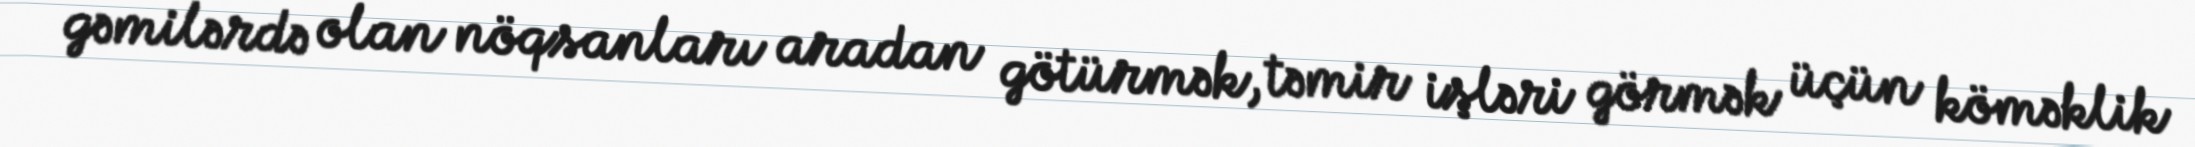
gəmilərdə olan nöqsanları aradan götürmək, təmir işləri görmək üçün köməklik